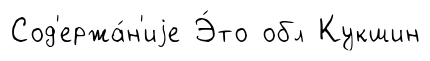
Сод'ержа́н'иjе Э́то обл Кукшин